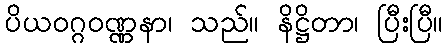
ပိယဝဂ္ဂဝဏ္ဏနာ၊ သည်။ နိဋ္ဌိတာ၊ ပြီးပြီ။